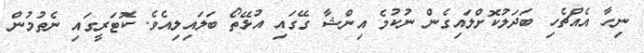
ނިހާ އެއްޗެހި ބަދަލުކޮށްލައިގެން ނުކުމެ އިންޝާ ގޭގައި އުޅޭތޯ ބަލައިލިއެވެ. ކޮޓަރީގައި ނެތުމުން